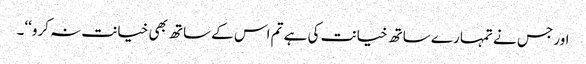
اور جس نے تمہارے ساتھ خیانت کی ہے تم اس کے ساتھ بھی خیانت نہ کرو‘‘۔